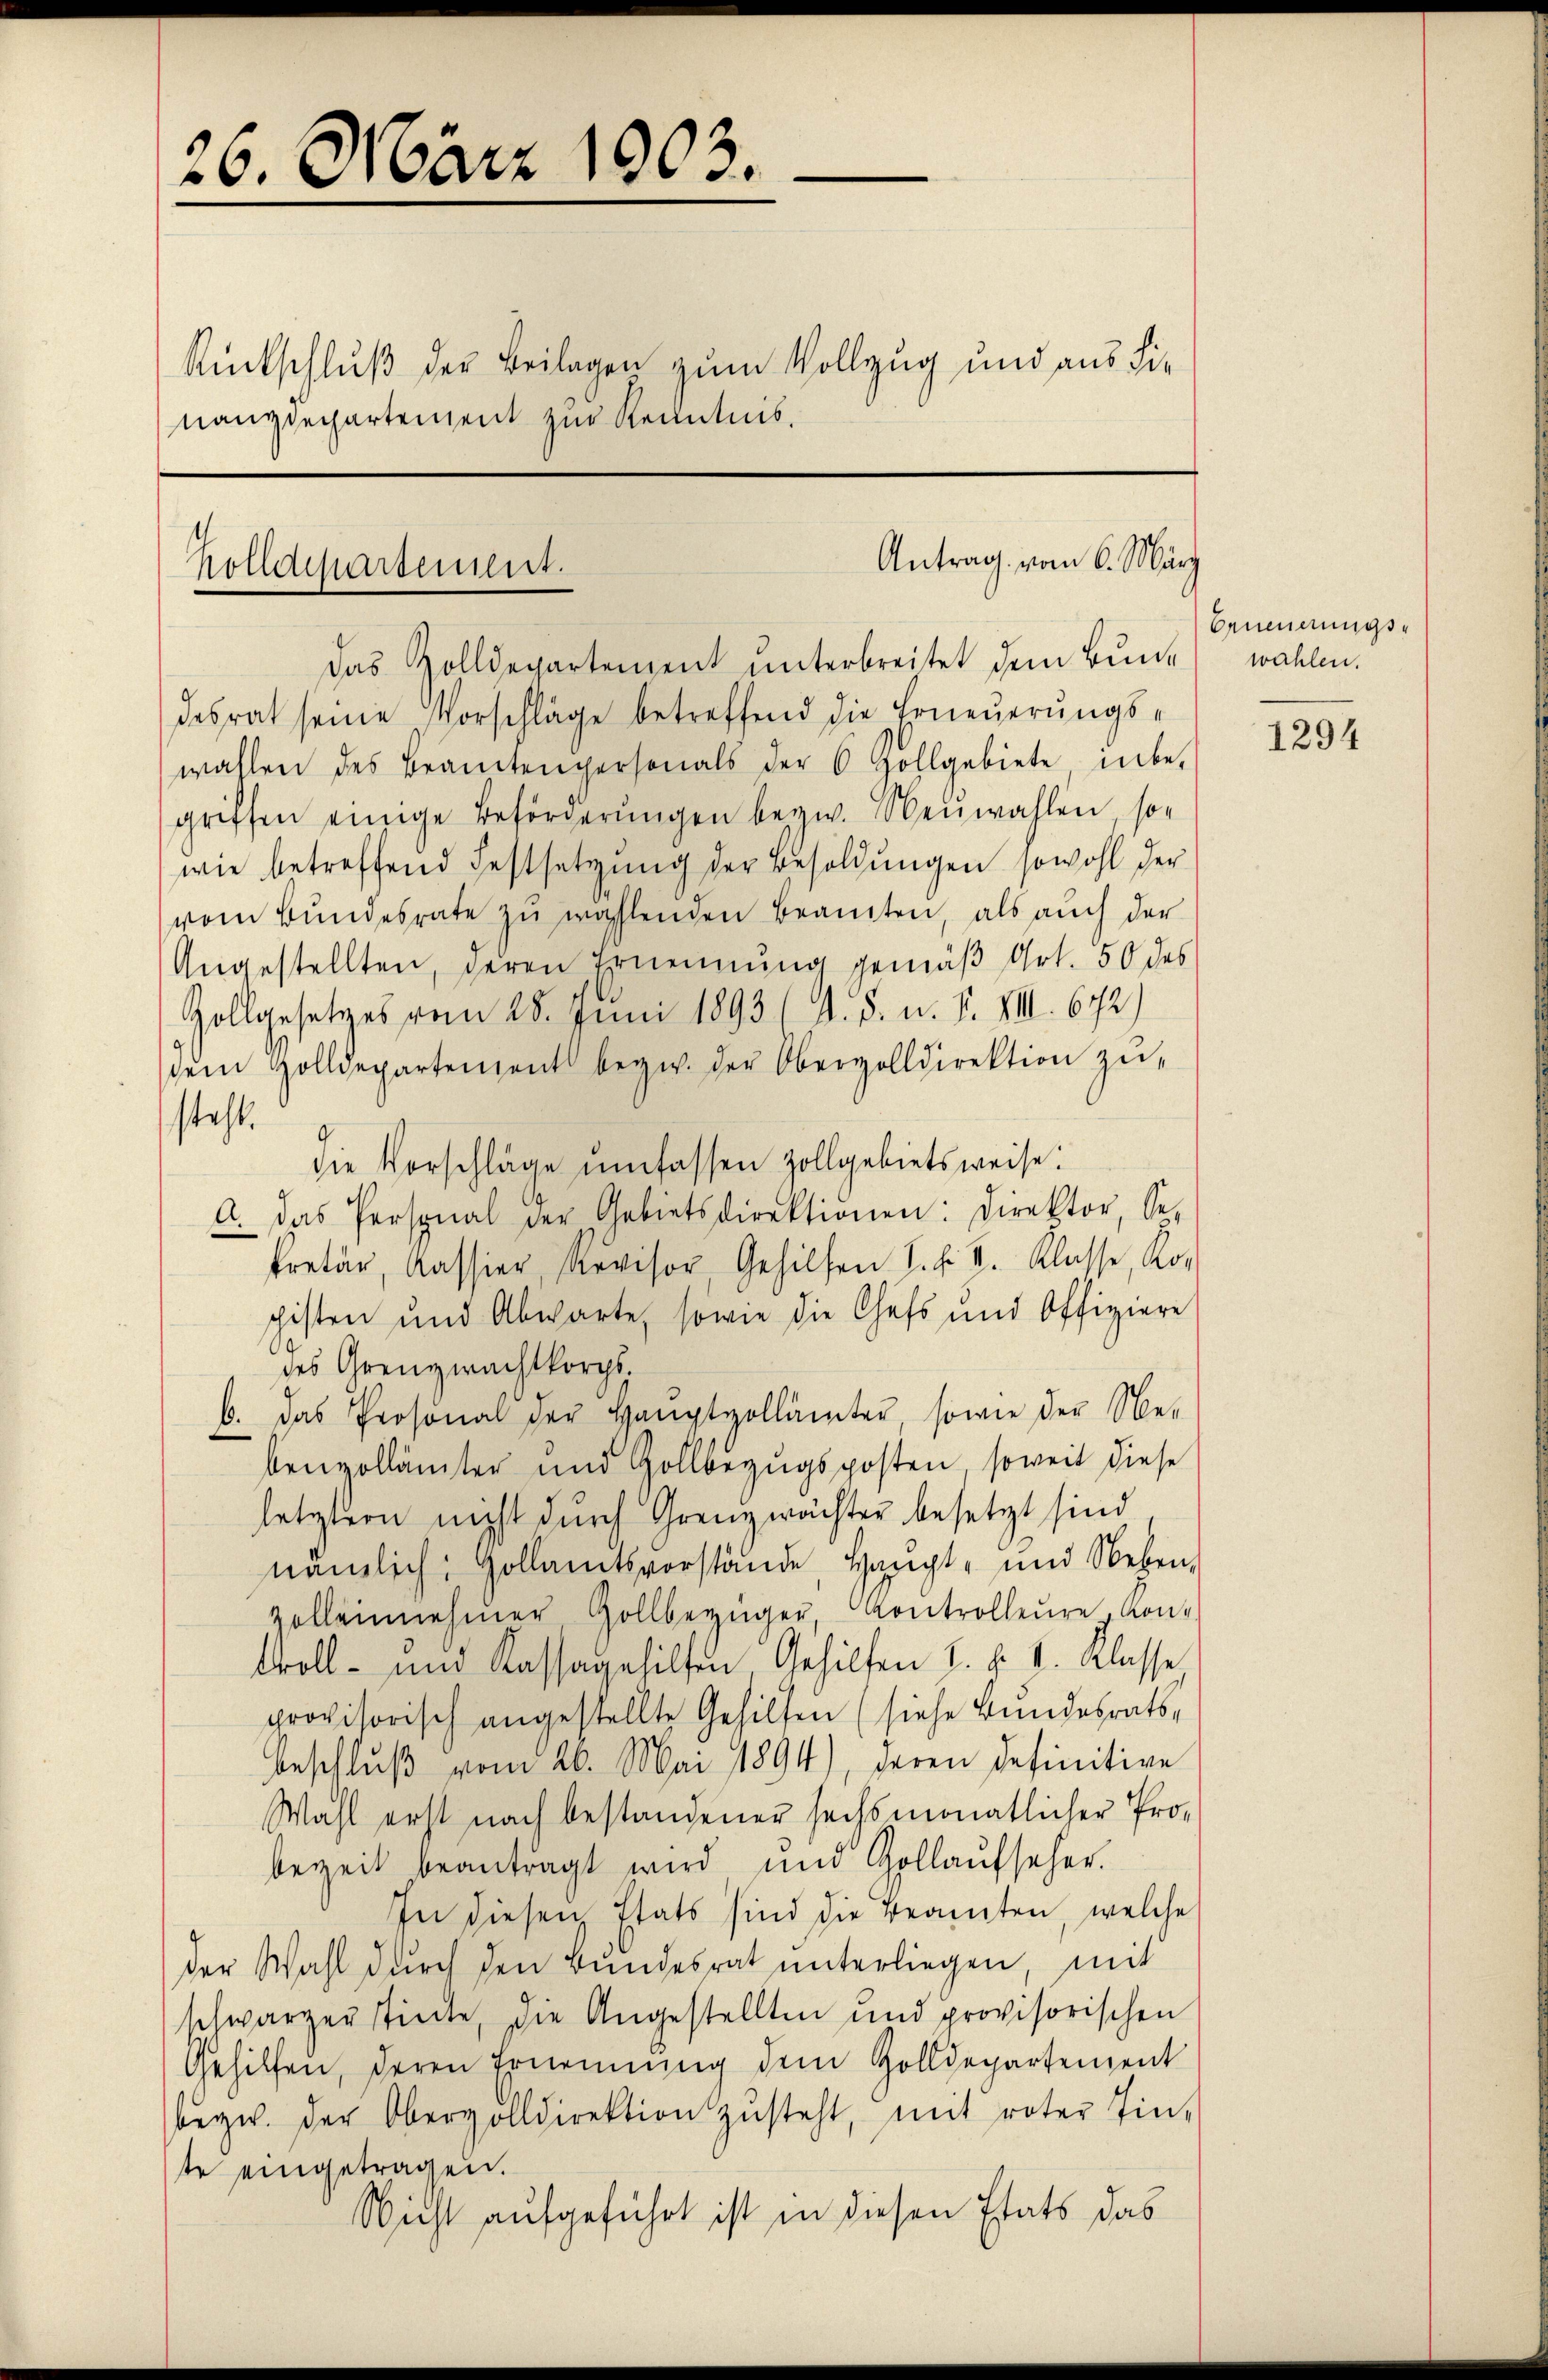
26. März 1903.

nanzdepartement zur Kenntnis.

Rückschluß der Beilagen zum Vollzug und aus die

Antrag vom 6. März
holldepartement.

Das Zolldepartement unterbreitet dem Bundesrat seine Vorschläge betreffend die Erneŭerŭngs-
wahlen des Beamtenpersonals der 6 Zollgebiete inbe-
griffen einige Beförderungen bezw. Neuwahlen, sowie betreffend Festsetzung der Besoldungen sowohl der
vom Bundesrate zu wählenden Beamten, als auch der
Angestellten, deren Ernennung gemäß Art. 50 des
Zollgesetzes vom 28. Juni 1893 (s. S. n. F. VIII. 672)
sein Holldepartement bezw. der Obervolldirektion zu-
steht.
die Vorschläge umfassen Zollgebietsweise:
A. Das Personal der Gebietsdirektionen: Direktor, se
kretär, Kassier, Revisor Gehilfen S. f. I. Klasse, Ko
pisten und Abwarte, sowie die Chefs und Offiziere
des Grenzwachtkorps.
6. das Prosonal der Haŭptpollämter sowie der Se-
benzollämter und Gollbezugsposten soweit diese
letztern nicht dŭrch Grenzerächter besetzt sind
nämlich: Gollamtsvorstände Haupt- und Neben,
Zolleinehmer Gollbezüger, Kontrolleure Kon¬
Woll- und Kassagehilfen Gehilfen L. Z. 4. Klasse
provisorisch angestellte Gehilfen (siehe Bundesrath,
Beschluß vom 26. Mai 1894), deren definitive
Wahl erst nach bestandener sechsmonatlicher Pro-
bezeit beantragt wird um Gollaufseher.
In diesen Etats sind die Beamten, welche
der Wahl durch den Bundesrat unterliegen, mit
schwarzerstinte, die Angestellten und provisorischen
Gehilfen, deren Ernennung dem Zolldepartement
bezw. der Obervolldirektion zŭsteht, mit roter Ein-
te eingetragen.
Nicht aufgeführt ist in diesen Etats das

Erneuerungswahlen.

1294